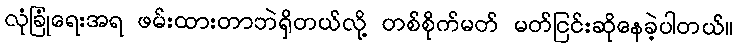
လုံခြုံရေးအရ ဖမ်းထားတာဘဲရှိတယ်လို့ တစ်စိုက်မတ် မတ်ငြင်းဆိုနေခဲ့ပါတယ်။